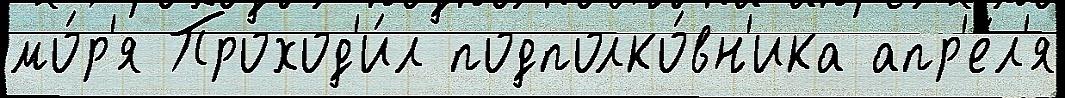
мо́р'я Проход'и́л подполко́вн'ика апр'е́л'я